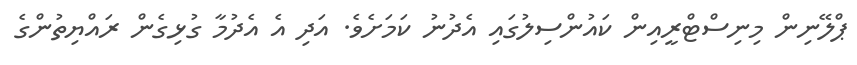
ޕްލޭނިން މިނިސްޓްރީއިން ކައުންސިލުގައި އެދުނު ކަމަށެވެ. އަދި އެ އެދުމާ ގުޅިގެން ރައްޔިތުންގެ